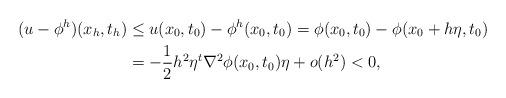
LaTeX: \begin{align*}(u-\phi^h)(x_h,t_h) &\leq u(x_0,t_0)-\phi^h(x_0,t_0)= \phi(x_0,t_0)-\phi(x_0+h\eta, t_0)\\ &= -\frac{1}{2} h^2 \eta^t \nabla^2\phi(x_0,t_0)\eta+o(h^2)<0,\end{align*}